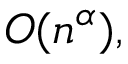
O ( n ^ { \alpha } ) ,